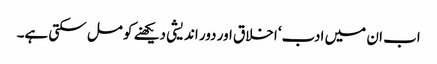
اب ان میں ادب‘ اخلاق اور دور اندیشی دیکھنے کو مل سکتی ہے۔